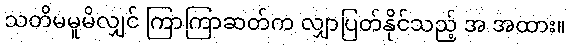
သတိမမူမိလျှင် ကြာကြာဆတ်က လျှာပြတ်နိုင်သည့် အ အထား။